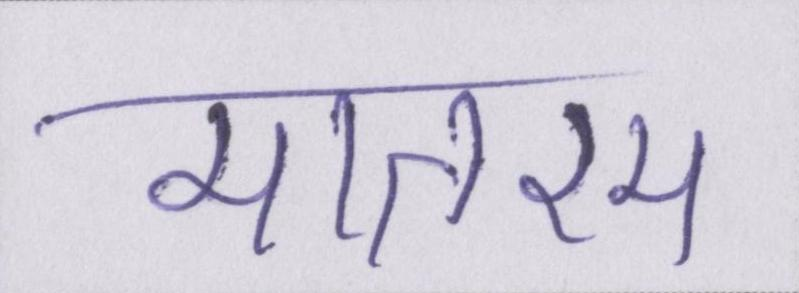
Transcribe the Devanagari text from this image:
मातरम